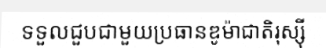
ទទួលជួបជាមួយប្រធានឌូម៉ាជាតិរុស្ស៊ី